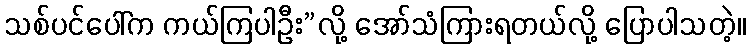
သစ်ပင်ပေါ်က ကယ်ကြပါဦး”လို့ အော်သံကြားရတယ်လို့ ပြောပါသတဲ့။